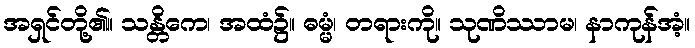
အရှင်တို့၏။ သန္တိကေ၊ အထံ၌။ ဓမ္မံ၊ တရားကို။ သုဏိဿာမ၊ နာကုန်အံ့။